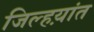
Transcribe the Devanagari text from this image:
जिल्हय़ांत